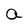
Character: a